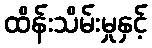
ထိန်းသိမ်းမှုနှင့်